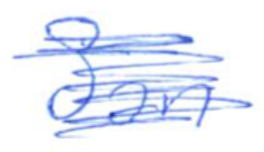
Text: San
Cross-out: scratch
Writing tool: ballpoint